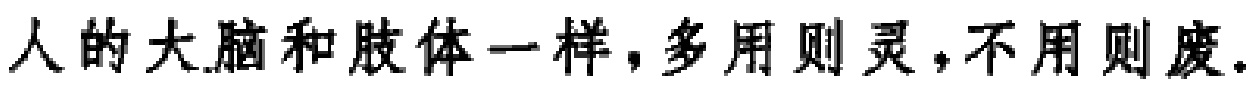
人的大脑和肢体一样，多用则灵，不用则废.